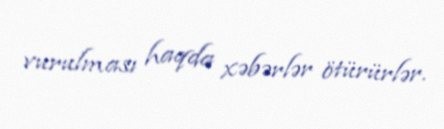
vurulması haqda xəbərlər ötürürlər.